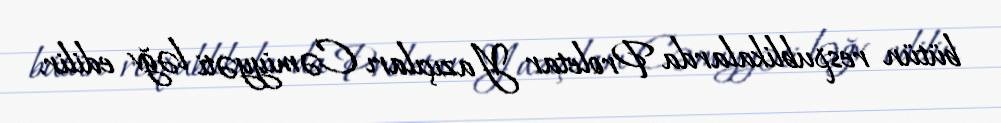
bütün respublikalarda Proletar Yazıçıları Cəmiyyəti ləğv edilir.